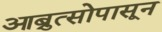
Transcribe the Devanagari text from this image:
आब्रुत्सोपासून